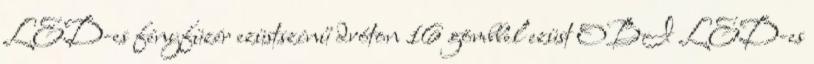
LED-es fényfüzér ezüstszínű dróton 16 gömbbel ezüst OBI LED-es